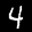
Label: 4